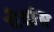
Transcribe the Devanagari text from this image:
वेदांस